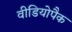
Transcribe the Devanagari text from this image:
वीडियोपैक